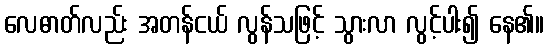
လေဓာတ်လည်း အတန်ငယ် လွန်သဖြင့် သွားလာ လွင့်ပါး၍ နေ၏။